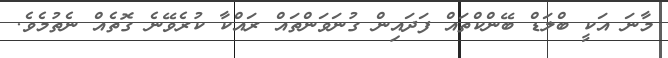
މާނަ އަކީ ބްލަޑް ބޭންކްތައް ފަދައިން ގުނަވަންތައް ރައްކާ ކުރެވޭނެ ގޮތެއް ނެތުމެވެ.